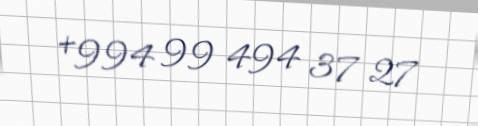
+994 99 494 37 27